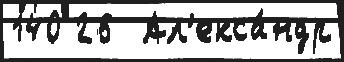
140 26  Ал'екса́ндр